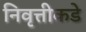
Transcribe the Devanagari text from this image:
निवृत्तीकडे